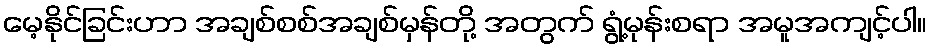
မေ့နိုင်ခြင်းဟာ အချစ်စစ်အချစ်မှန်တို့ အတွက် ရွံ့မုန်းစရာ အမူအကျင့်ပါ။